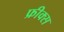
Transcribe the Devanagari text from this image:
फ्रीक्स